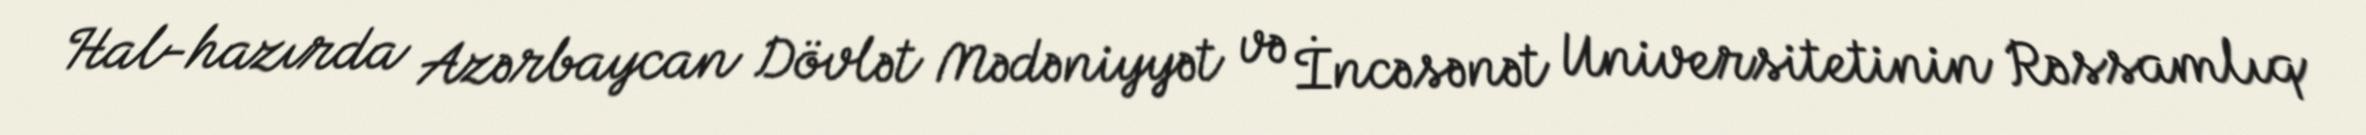
Hal-hazırda Azərbaycan Dövlət Mədəniyyət və İncəsənət Universitetinin Rəssamlıq